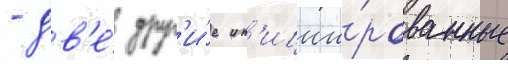
- дв'е́ друг'и́е ин'иции́рованные